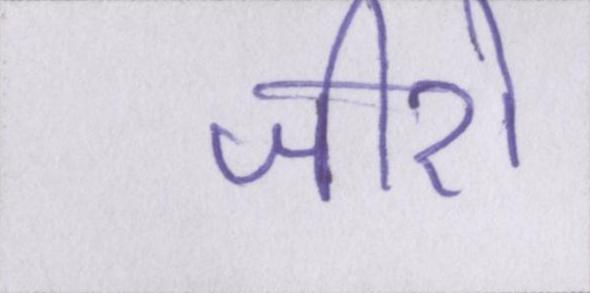
जीरो